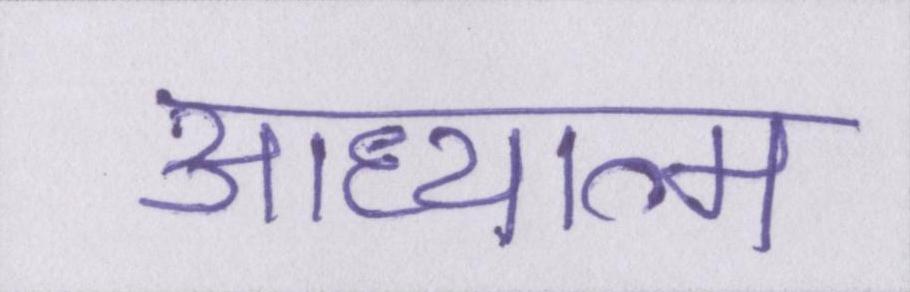
आध्यात्म